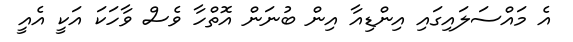
އެ މައްސަލައިގައި އިންޑިއާ އިން ބުނަން އޮތްހާ ވެސް ވާހަކަ އަކީ އެއީ